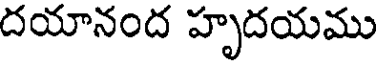
దయానంద హృదయము